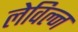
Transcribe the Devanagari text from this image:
लेविल्न